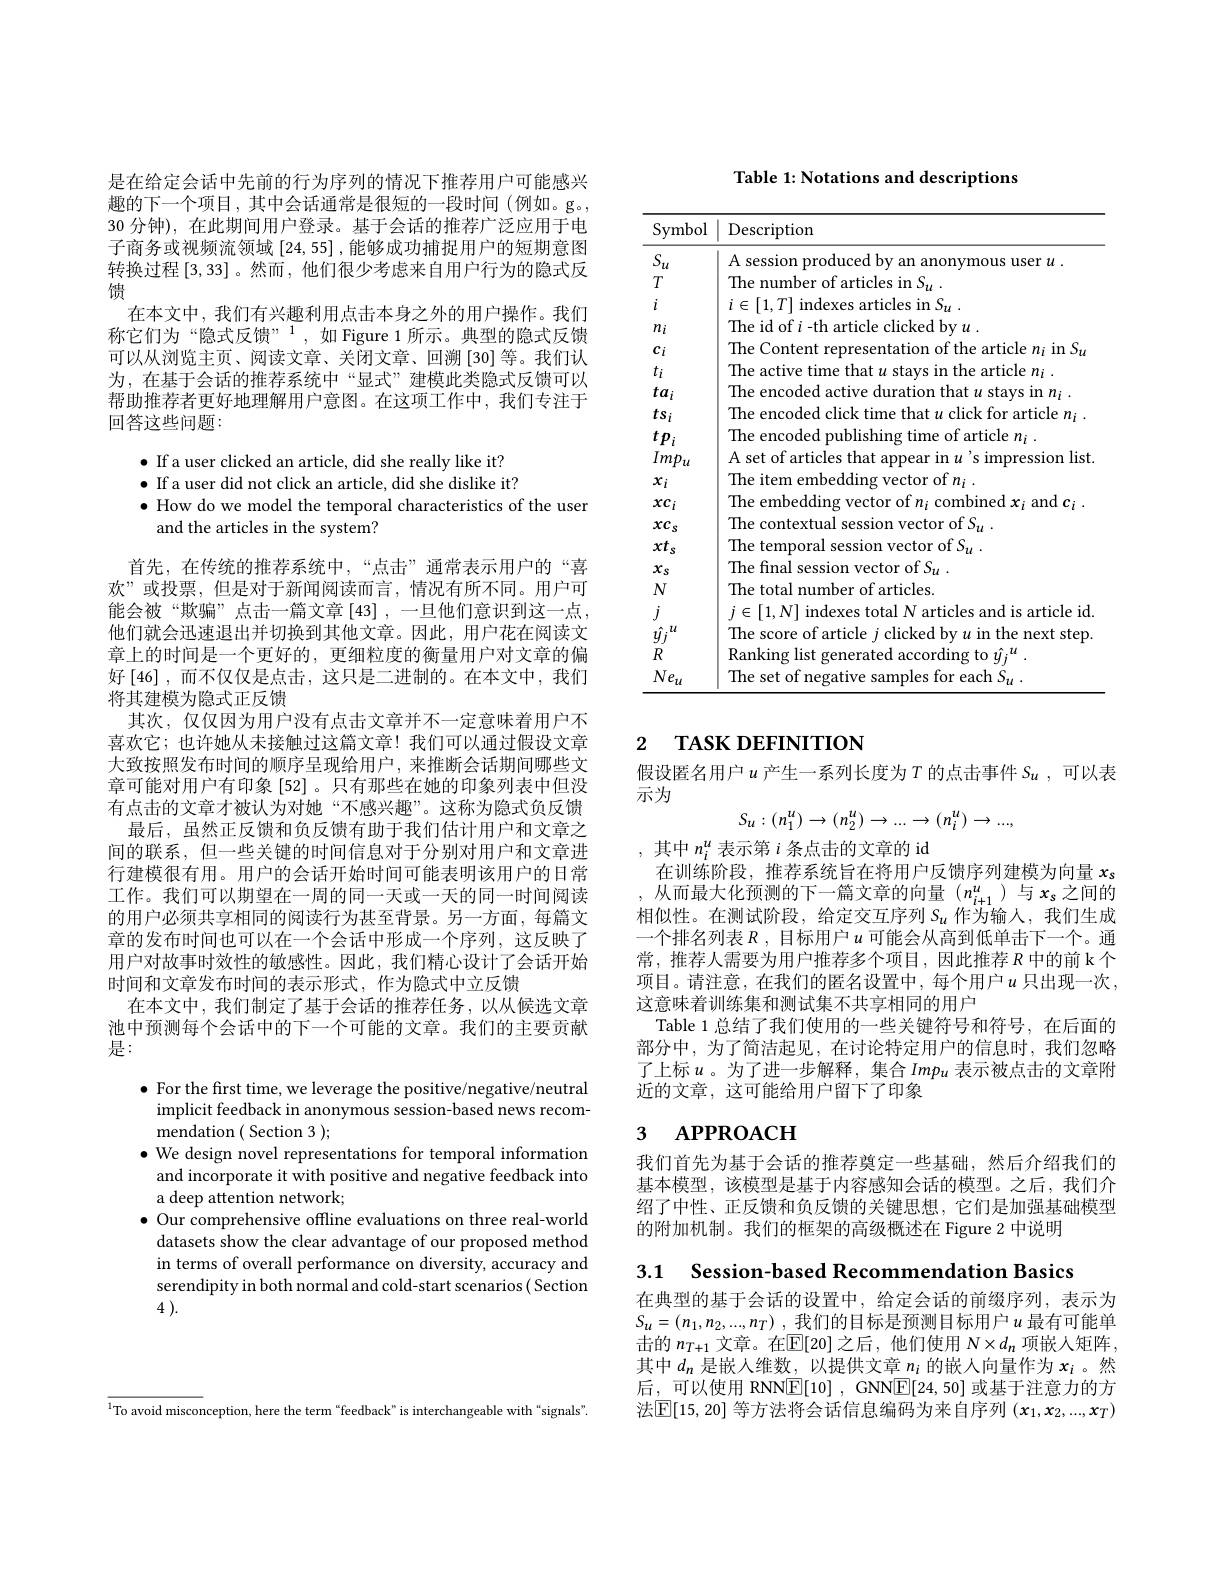
是在给定会话中先前的行为序列的情况下推荐用户可能感兴趣的下一个项目，其中会话通常是很短的一段时间(例如。g。, 30 分钟), 在此期间用户登录。基于会话的推荐广泛应用于电子商务或视频流领域[24,55],能够成功捕捉用户的短期意图转换过程[3,33] 。然而 ,他们很少考虑来自用户行为的隐式反馈
在本文中，我们有兴趣利用点击本身之外的用户操作。我们称它们为“隐式反馈”,如 Figure 1 所示。典型的隐式反馈可以从浏览主页、阅读文章、关闭文章、回溯 [30]等。我们认为，在基于会话的推荐系统中“显式”建模此类隐式反馈可以帮助推荐者更好地理解用户意图。在这项工作中，我们专注于回答这些问题：

$\bullet$ If a user clicked an article, did she really like it? $\bullet$ If a user did not click an article, did she dislike it? $\bullet$ How do we model the temporal characteristics of the user
and the articles in the system?

首先，在传统的推荐系统中，“点击”通常表示用户的“喜欢”或投票，但是对于新闻阅读而言，情况有所不同。用户可能会被“欺骗”点击一篇文章[43] ,一旦他们意识到这一点， 他们就会迅速退出并切换到其他文章。因此，用户花在阅读文章上的时间是一个更好的，更细粒度的衡量用户对文章的偏好$\left[46\right]$,而不仅仅是点击，这只是二进制的。在本文中，我们将其建模为隐式正反馈
其次，仅仅因为用户没有点击文章并不一定意味着用户不喜欢它；也许她从未接触过这篇文章！我们可以通过假设文章大致按照发布时间的顺序呈现给用户，来推断会话期间哪些文章可能对用户有印象[52]。只有那些在她的印象列表中但没有点击的文章才被认为对她“不感兴趣”。这称为隐式负反馈
最后，虽然正反馈和负反馈有助于我们估计用户和文章之间的联系，但一些关键的时间信息对于分别对用户和文章进行建模很有用。用户的会话开始时间可能表明该用户的日常工作。我们可以期望在一周的同一天或一天的同一时间阅读的用户必须共享相同的阅读行为甚至背景。另一方面，每篇文章的发布时间也可以在一个会话中形成一个序列，这反映了用户对故事时效性的敏感性。因此，我们精心设计了会话开始时间和文章发布时间的表示形式，作为隐式中立反馈
在本文中，我们制定了基于会话的推荐任务，以从候选文章池中预测每个会话中的下一个可能的文章。我们的主要贡献是：

$\bullet$ For the frst time, we leverage the positive/negative/neutral
implicit feedback in anonymous session-based news recom-
mendation( Section 3 );
$\bullet$ We design novel representations for temporal information and incorporate it with positive and negative feedback into a deep attention network;
$\bullet$ Our comprehensive offline evaluations on three real-world datasets show the clear advantage of our proposed method in terms of overall performance on diversity, accuracy and serendipity in both normal and cold-start scenarios( Section 4 ).

Table 1: Notations and descriptions

<table>
	<tbody>
		<tr>
			<th>Symbol</th>
			<th>Description</th>
		</tr>
		<tr>
			<td>$S_{i}$ $u$</td>
			<td>A session produced by an anonymous user $u.$</td>
		</tr>
		<tr>
			<td>$T$</td>
			<td>Th$\epsilon$</td>
		</tr>
		<tr>
			<td>$i$</td>
			<td> </td>
		</tr>
		<tr>
			<td>$n_{i}$</td>
			<td>The id of $i$-th article clicked bv</td>
		</tr>
		<tr>
			<td>$c_{i}$</td>
			<td>The Content repr of the rticle $en_{i}$ in S$\iota$</td>
		</tr>
		<tr>
			<td>$t_i$</td>
			<td>1The active $|C|\rho$</td>
		</tr>
		<tr>
			<td>$ta_i$</td>
			<td>$1he$</td>
		</tr>
		<tr>
			<td>$ts_i$</td>
			<td>$1he$ l click thaf click for encoded · f T '1 $^{*}$ article</td>
		</tr>
		<tr>
			<td>$tp_{i}$</td>
			<td>$\Pi he$ e encoded publishing $0f:$ $\arctan$ticle $n_i$ tume</td>
		</tr>
		<tr>
			<td>$Imp_{u}$</td>
			<td>A set. articles ssion list ${\mathrm{thaf}}$</td>
		</tr>
		<tr>
			<td>$x_{i}$</td>
			<td>The iter $ofn_{i}$</td>
		</tr>
		<tr>
			<td>$xc_i$</td>
			<td>$1he$ $\rho mh$</td>
		</tr>
		<tr>
			<td>$xc_s$</td>
			<td>The ofS</td>
		</tr>
		<tr>
			<td>$xt_s$</td>
			<td>The temporal ofS</td>
		</tr>
		<tr>
			<td>$x_s$</td>
			<td>The final $ofS_{1}$</td>
		</tr>
		<tr>
			<td>$N$</td>
			<td>The tota of articles mher</td>
		</tr>
		<tr>
			<td>$j$</td>
			<td>rticle id r</td>
		</tr>
		<tr>
			<td>$l\iota$ $y_{j}$</td>
			<td>$|icked$ $11h$ 1 article 1 $1+he$ ster</td>
		</tr>
		<tr>
			<td>$R$</td>
			<td>Rankinp</td>
		</tr>
		<tr>
			<td>$Ne_{u}$</td>
			<td> </td>
		</tr>
	</tbody>
</table>

## 2 TASK DEFINITION

假设匿名用户$u$产生一系列长度为$T$ 的点击事件 $S_u$, 可以表
示为
$$S_u:(n_1^u)\to(n_2^u)\to...\to(n_i^u)\to...,$$
,其中$n_i^u$表示第$i$条点击的文章的 id

在训练阶段，推荐系统旨在将用户反馈序列建模为向量$x_s$ 从而最大化预测的下一篇文章的向量($n_i+1^u$)与$x_s$之间的相似性。在测试阶段，给定交互序列$S_u$作为输入，我们生成一个排名列表$R$ ,目标用户$u$可能会从高到低单击下一个。通常，推荐人需要为用户推荐多个项目，因此推荐$R$中的前 k 个项目。请注意，在我们的匿名设置中，每个用户$u$ 只出现一次， 这意味着训练集和测试集不共享相同的用户
Table 1 总结了我们使用的一些关键符号和符号，在后面的部分中，为了简洁起见，在讨论特定用户的信息时，我们忽略了上标$u$。为了进一步解释，集合 Imp$_u$ 表示被点击的文章附近的文章，这可能给用户留下了印象

## 3 APPROACH

我们首先为基于会话的推荐奠定一些基础，然后介绍我们的基本模型，该模型是基于内容感知会话的模型。之后，我们介绍了中性、正反馈和负反馈的关键思想，它们是加强基础模型的附加机制。我们的框架的高级概述在 Figure 2 中说明

3.1 Session-based Recommendation Basics

在典型的基于会话的设置中，给定会话的前缀序列，表示为$S_u= ( n_1, n_2, . . . , n_T)$ , $\underline {\text{我 们 的 目 标 是 预 测 目 标 用 户 }u}$最有可能单击的$n_{T+1}$文章。在$\mathbb{E}[20]$之后，他们使用$N\times d_n$项嵌人矩阵， 其中$d_n$是嵌人维数，以提供文章$n_i$的嵌人向量作为$x_i$ 。然后，可以使用 RNN$\underline {\mathbb{E} }[ 10]$ , GNN$\underline {\mathbb{E} }[ 24, 50]$或基于注意力的方法$\boxed{\mathbb{E}}[15,20]$ 等方法将会话信息编码为来自序列 $(x_1,x_2,...,x_T)$

$^{1}$To avoid misconception, here the term“feedback”is interchangeable with“signals”